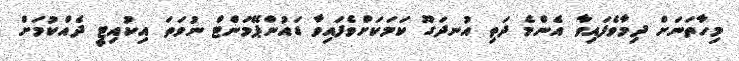
މިހާތަނަށް ދިމާވެފައިވާ އެންމެ ދަތި އުނދަގޫ ކަމަކަށްވެފައިވާ ޑައުންޕޭމަންޓް ނުވަތަ އިކުއިޓީ ދެއްކުމަށް